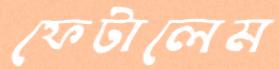
ফেটালেম